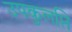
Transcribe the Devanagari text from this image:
उपकुलप्ति